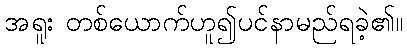
အရူး တစ်ယောက်ဟူ၍ပင်နာမည်ရခဲ့၏။